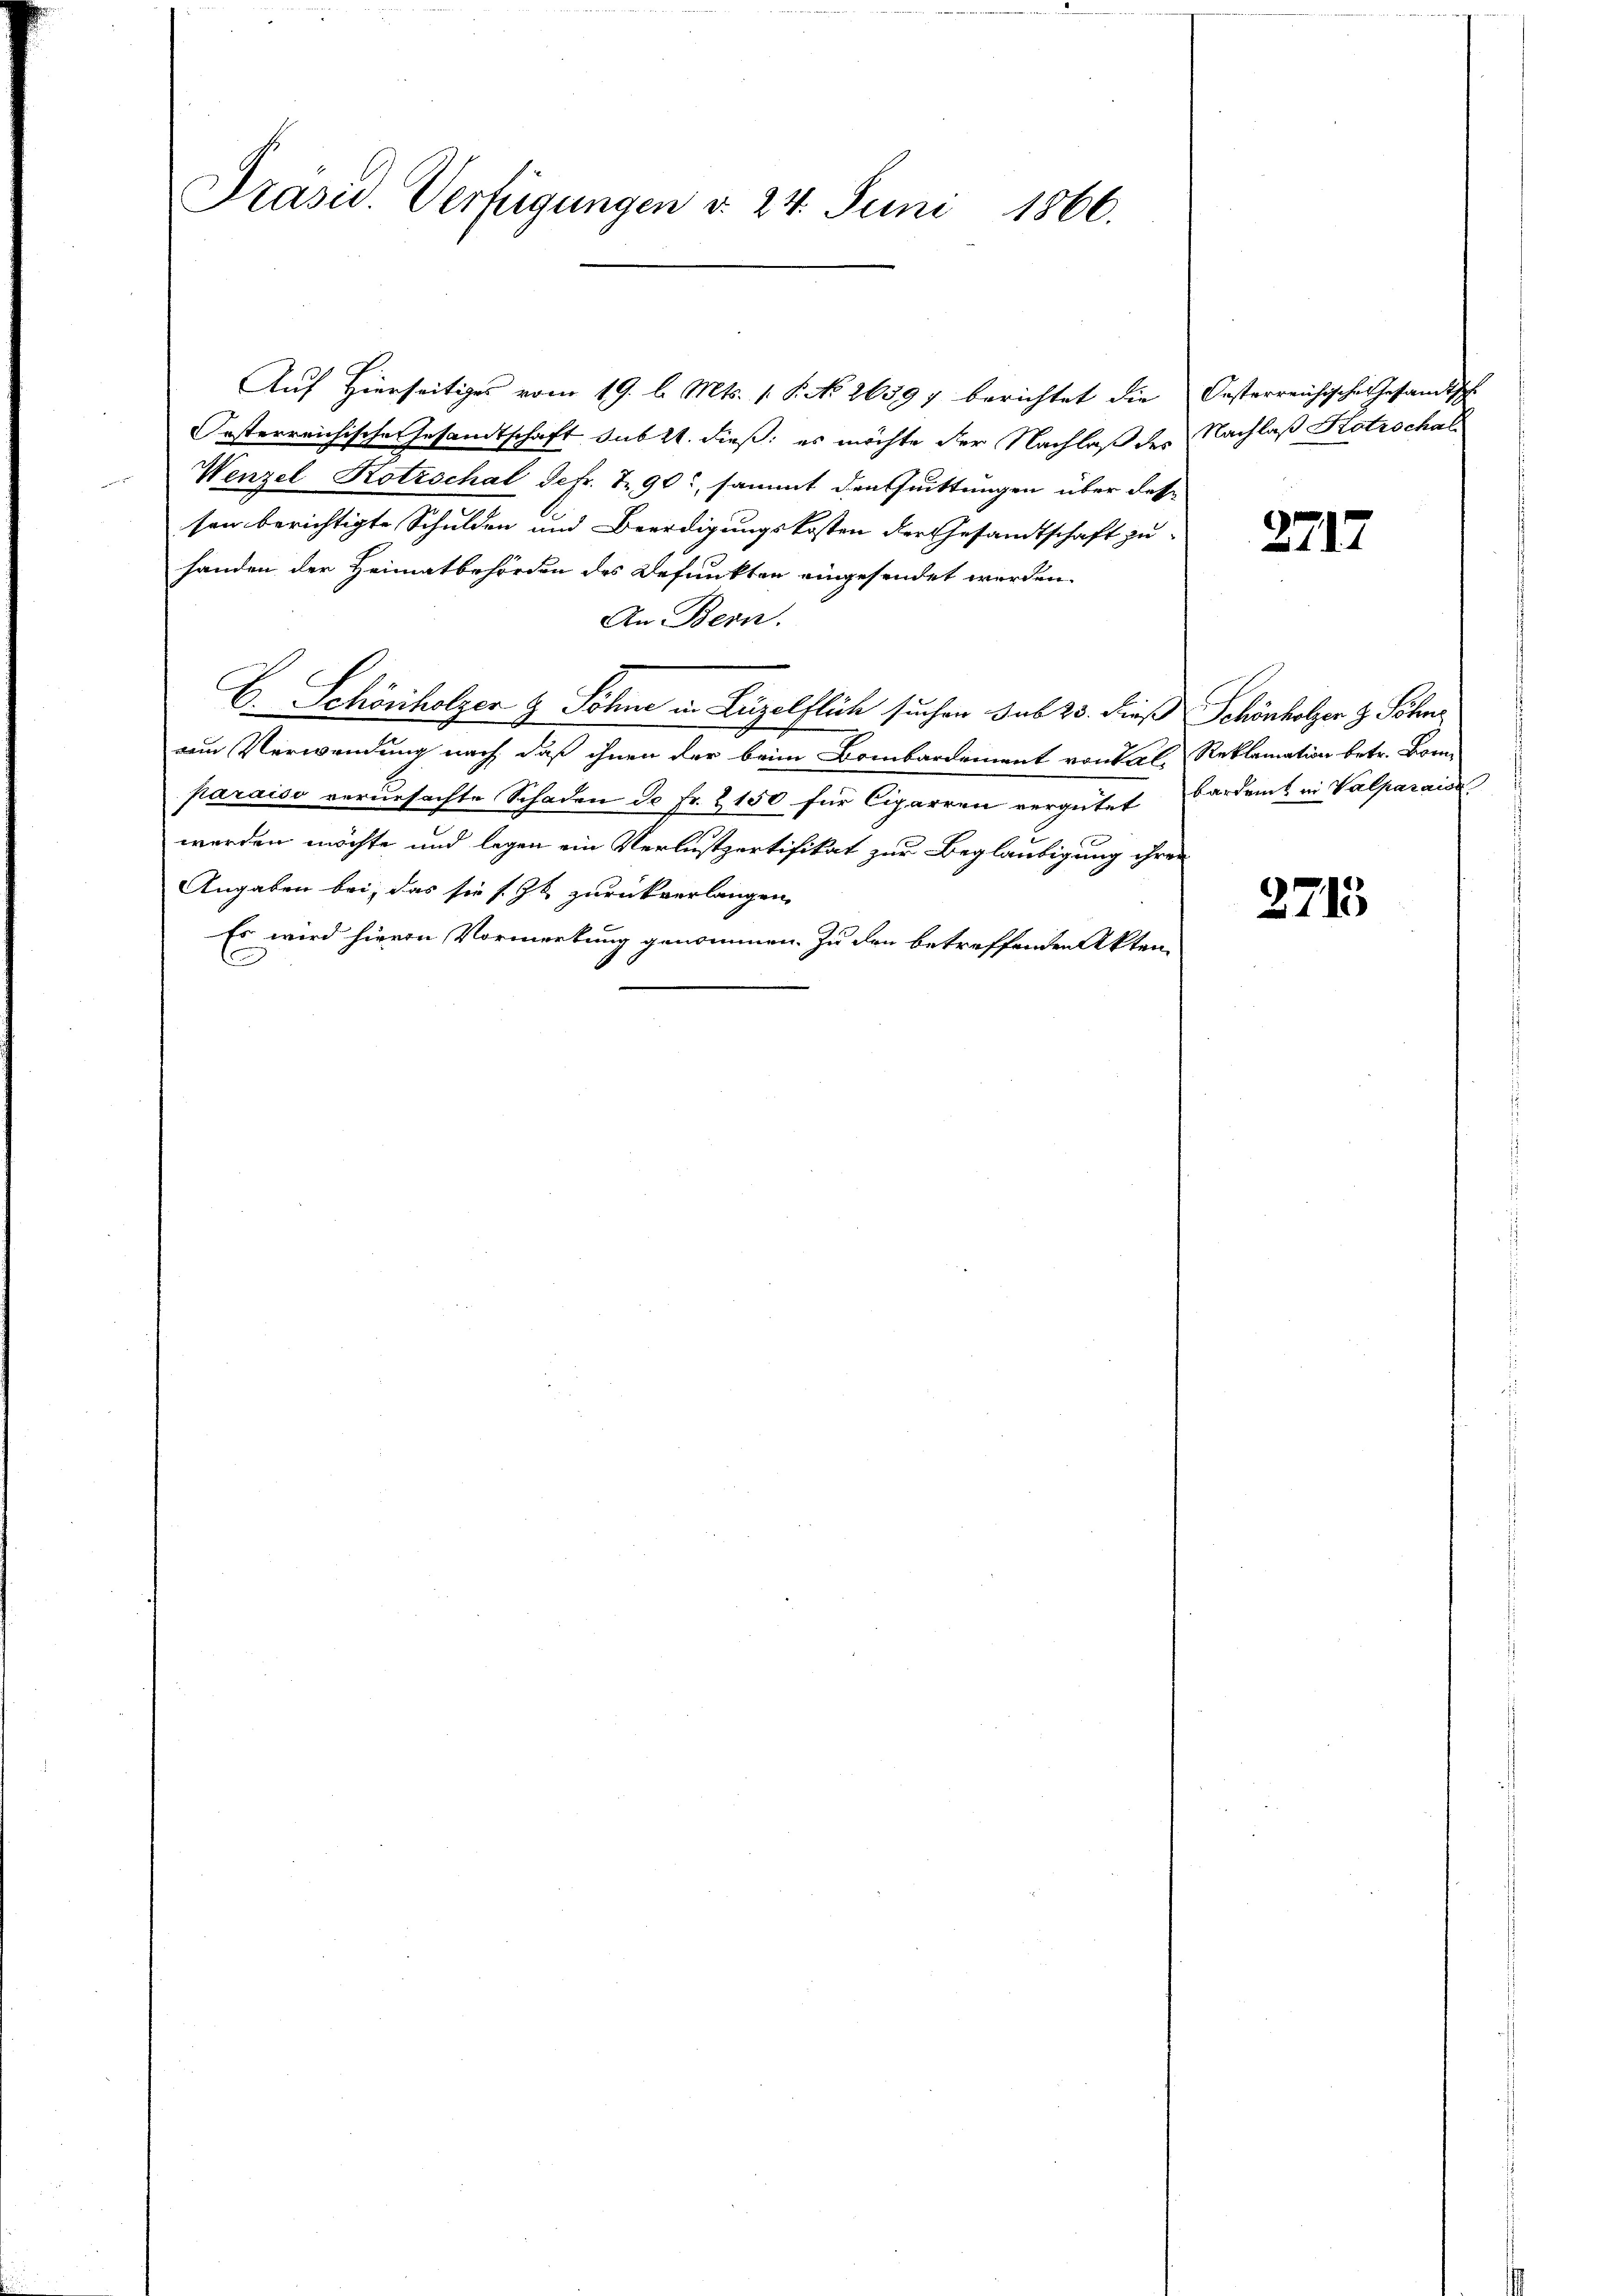
Präsid. Verfügungen d. 24. Juni 1866.

Auf Hierseitiges vom 19. l. Mts. 1. P. No 26597 berichtet die Oesterreichisches Gesandtsch
Oesterreichische Gesandtschaft sub 21. dieß, es möchte der Nachlaß des Nachlaß Katrschal
Wenzel Kotrschal defr. 7. 90, sammt den Quittungen über desse
sen berichtigte Schulden und Beerdigungskosten der Gesandtschaft zu-
handen der Heimatbehörden des Befunkten eingesendet werden.
An Bern.
E. Schönholzen & Söhne in Luzelflich suchen sub 25. dieß Schönholzer z. Söhne
am Verwendung nach, daß ihnen der beim Bombardement von rl. Reklamation betr. Bomparaiso verursachte Schaden de Fr. & 150 für Cigarren vergütet Cardent in Valparais
werden möchte und legen ein Verlustpertifikat zur Beglaubigung ihrer
Angaben bei, das sie s. Zt. zurückverlangen,
Es wird hierin Vormerkung genommen. Zu den betreffenden Akten

2717

2715